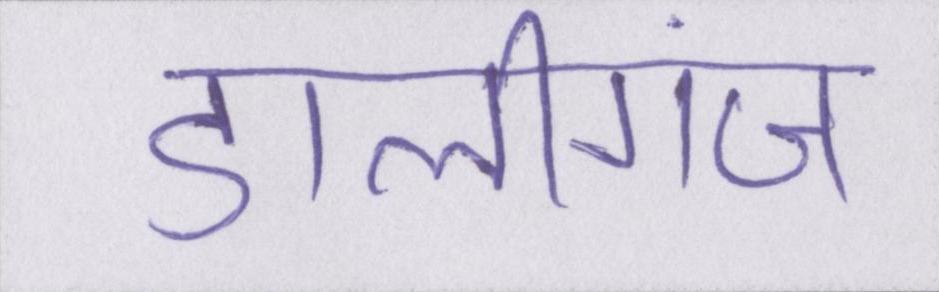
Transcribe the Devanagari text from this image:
डालीगंज